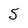
Character: 5